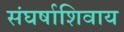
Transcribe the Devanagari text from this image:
संघर्षाशिवाय